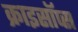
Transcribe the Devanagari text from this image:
क्राइसॉप्स